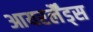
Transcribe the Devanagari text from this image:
आयरर्लैंड्स